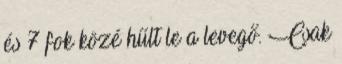
és 7 fok közé hűlt le a levegő. Csak